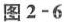
图2-6